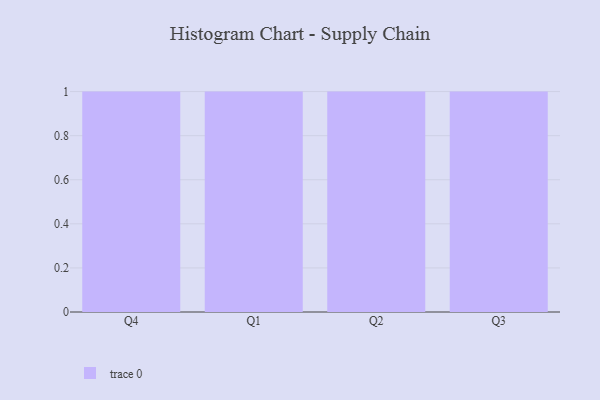
{"axis": {"x": "Quarter", "y": "Churn Rate (%)"}, "legend": [""], "data": [{"x": "Q4", "y": 9, "type": ""}, {"x": "Q1", "y": 21, "type": ""}, {"x": "Q2", "y": 12, "type": ""}, {"x": "Q3", "y": 26, "type": ""}]}